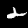
Label: 2